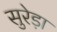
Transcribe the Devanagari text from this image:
सुरेड़ा